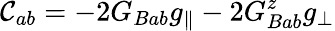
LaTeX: {\cal C}_{ab}=-2G_{Bab}g_{\parallel}-2G_{Bab}^{z}g_{\perp}